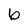
Character: 6